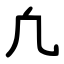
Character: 凢